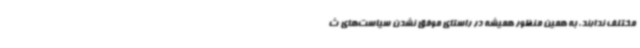
مختلف ندارند. به همین منظور همیشه در راستای موفق نشدن سیاست‌های ث